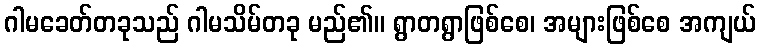
ဂါမခေတ်တခုသည် ဂါမသိမ်တခု မည်၏။ ရွာတရွာဖြစ်စေ၊ အများဖြစ်စေ အကျယ်